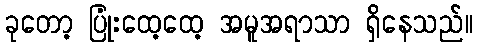
ခုတော့ ပြုံးထေ့ထေ့ အမူအရာသာ ရှိနေသည်။